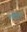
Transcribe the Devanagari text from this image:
खोडरों